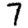
Digit: 7